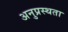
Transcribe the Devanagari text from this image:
अनुप्रस्थता